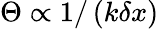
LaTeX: \Theta\propto 1/\left(k\delta x\right)